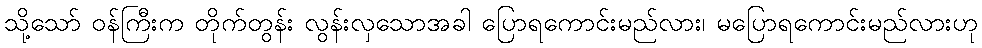
သို့သော် ဝန်ကြီးက တိုက်တွန်း လွန်းလှသောအခါ ပြောရကောင်းမည်လား၊ မပြောရကောင်းမည်လားဟု